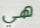
هي